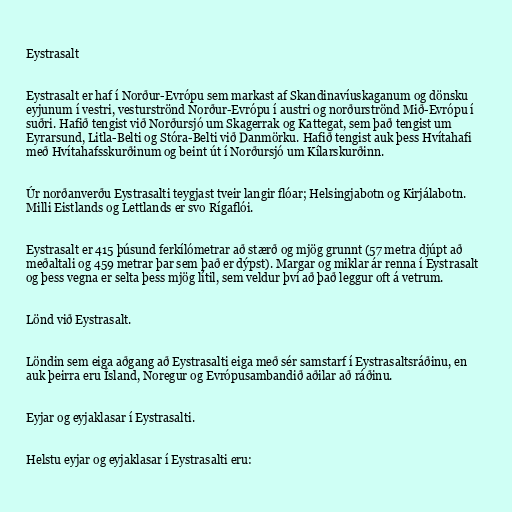
Eystrasalt

Eystrasalt er haf í Norður-Evrópu sem markast af Skandinavíuskaganum og dönsku
eyjunum í vestri, vesturströnd Norður-Evrópu í austri og norðurströnd Mið-Evrópu í
suðri. Hafið tengist við Norðursjó um Skagerrak og Kattegat, sem það tengist um
Eyrarsund, Litla-Belti og Stóra-Belti við Danmörku. Hafið tengist auk þess Hvítahafi
með Hvítahafsskurðinum og beint út í Norðursjó um Kílarskurðinn.

Úr norðanverðu Eystrasalti teygjast tveir langir flóar; Helsingjabotn og Kirjálabotn.
Milli Eistlands og Lettlands er svo Rígaflói.

Eystrasalt er 415 þúsund ferkílómetrar að stærð og mjög grunnt (57 metra djúpt að
meðaltali og 459 metrar þar sem það er dýpst). Margar og miklar ár renna í Eystrasalt
og þess vegna er selta þess mjög lítil, sem veldur því að það leggur oft á vetrum.

Lönd við Eystrasalt.

Löndin sem eiga aðgang að Eystrasalti eiga með sér samstarf í Eystrasaltsráðinu, en
auk þeirra eru Ísland, Noregur og Evrópusambandið aðilar að ráðinu.

Eyjar og eyjaklasar í Eystrasalti.

Helstu eyjar og eyjaklasar í Eystrasalti eru: